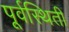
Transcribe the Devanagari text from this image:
पूर्वस्थिती